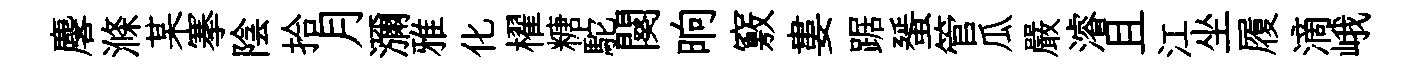
麐滌某搴陰拾月瀰雅化櫂糖駝闋晌竅婁踞蜑管瓜嚴濬且江坐履滴峨